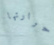
حرارتها